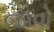
જાવો